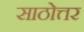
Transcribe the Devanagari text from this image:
साठोत्तर